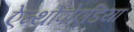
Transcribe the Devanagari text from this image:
ऐन्थ्रोपोएडिया